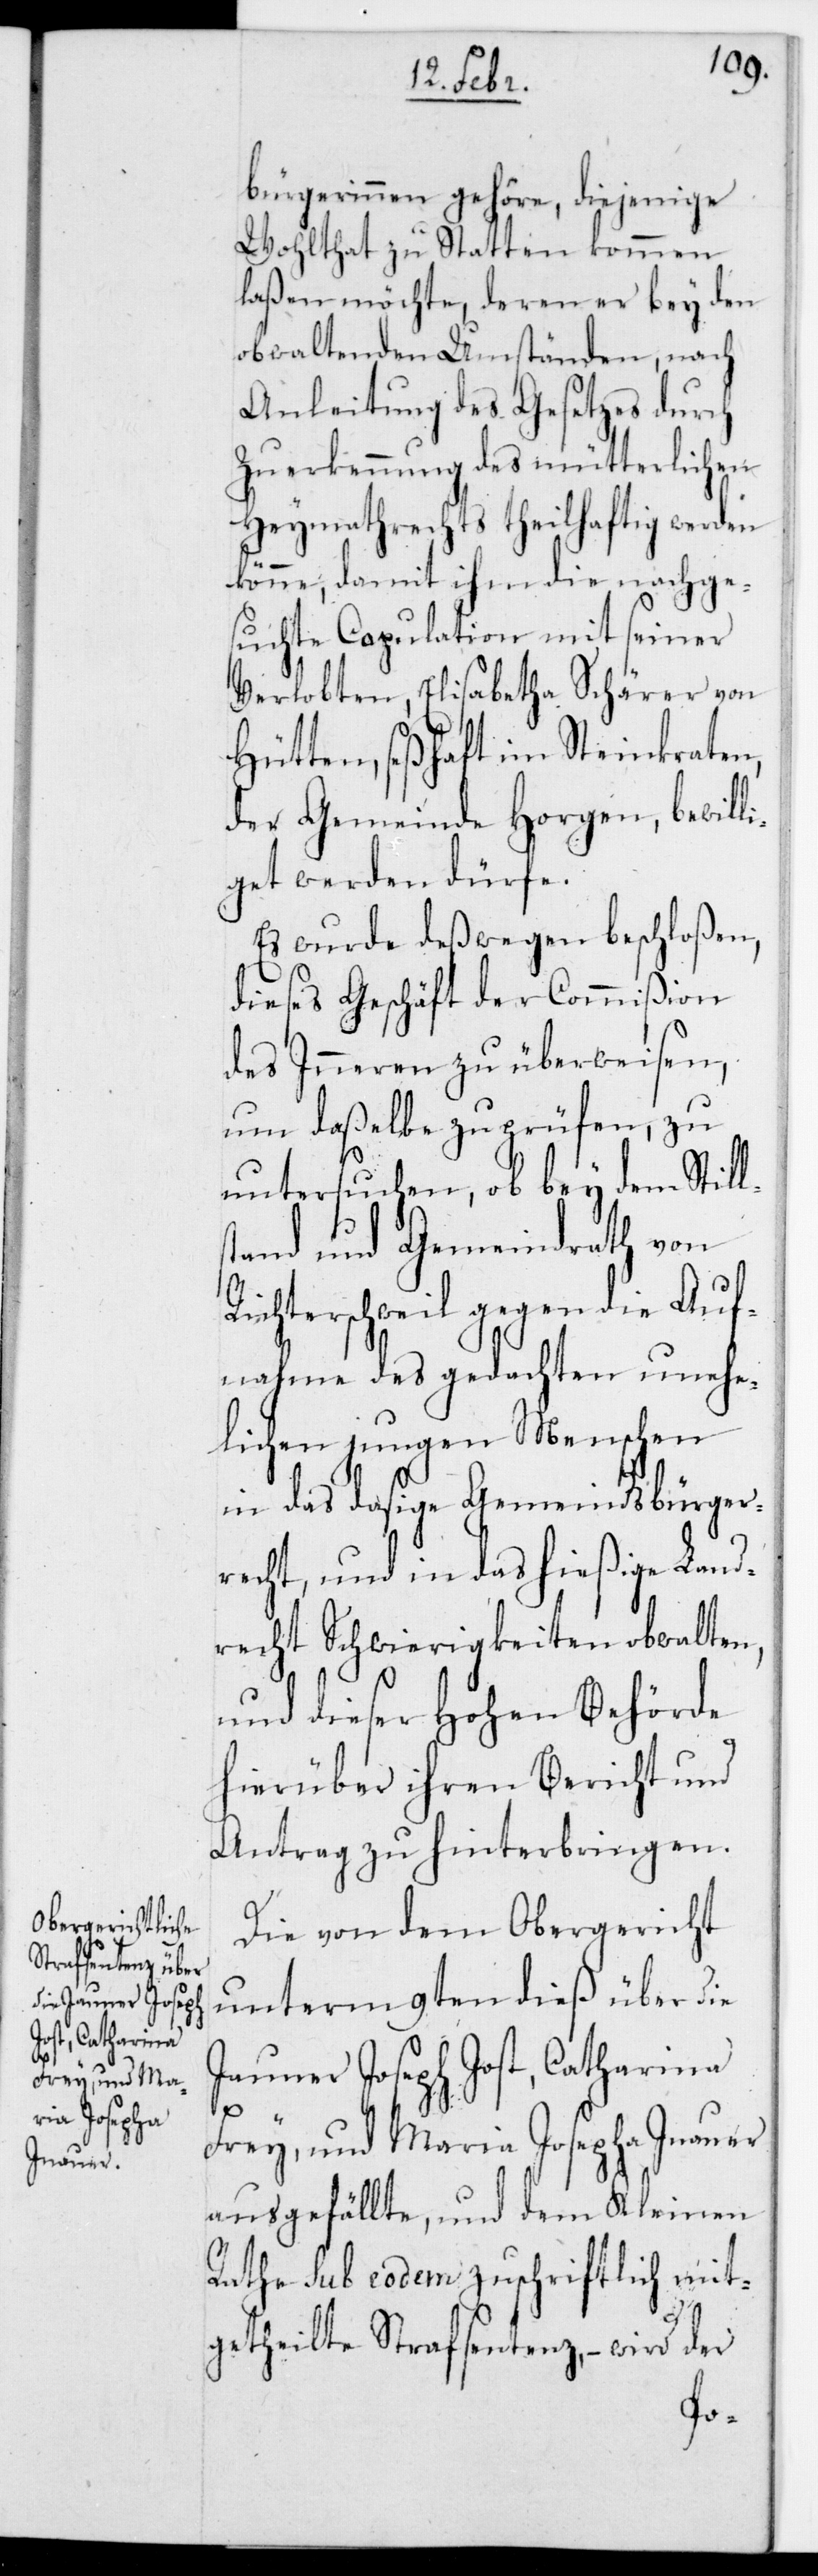
bürgerinnen gehöre, diejenige
Wohltat zu Statten kommen
laßen möchte, deren er bey den
obwaltenden Umständen, nach
Anleitung des Gesetzes durch
Zuerkennung des mütterlichen
Heymathrechts theilhaftig werden
könne, damit ihm die nachge¬
suchte Copulation mit seiner
Verlobten, Elisabetha Schärer von
Hütten, seßhaft im Steinkrathen
der Gemeinde Horgen, bewill¬
iget werden dürfe.
Es wurde deßwegen beschloßen,
dieses Geschäft der Commißion
des Inneren zu überweisen,
um daßelbe zu prüfen, zu
untersuchen, ob bey dem Still¬
stand und Gemeindrath von
Richterschweil gegen die Auf¬
nahme des gedachten unehe¬
lichen jungen Menschen
in das dasige Gemeindsbürger¬
recht und in das hießige Land¬
recht Schwierigkeiten obwalten,
und dieser Hohen Behörde
hierüber ihren Bericht und
Antrag zu hinterbringen.
Die von dem Obergericht
unterm 9ten dieß über die
Jauner Joseph Jost, Catharina
Frey und Maria Josepha Inauer
ausgefällte, und dem Kleinen
Rathe sub eodem zuschriftlich mit¬
getheilte Strafsentenz, – wird der